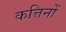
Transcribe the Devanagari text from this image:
कत्तिनों